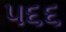
૫૬૬